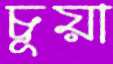
চূয়া